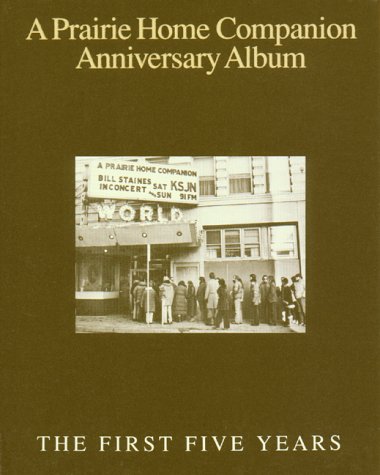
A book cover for A Prairie Home Companion Anniversary Album: The First Five Years; Garrison Keillor; Humor & Entertainment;